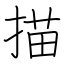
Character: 描